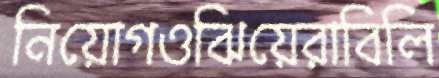
নিয়োগওঝিয়েরাবিলি